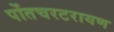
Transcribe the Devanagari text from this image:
पोंतचरटरायण